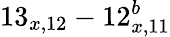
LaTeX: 13_{x,12}-12_{x,11}^{b}